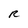
Character: R